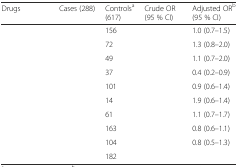
<table><thead><tr><td><b>Drugs</b></td><td><b>Cases (288)</b></td><td><b>Controls<sup>a</sup> (617)</b></td><td><b>Crude OR (95 % CI)</b></td><td><b>Adjusted OR<sup>b</sup> (95 % CI)</b></td></tr></thead><tbody><tr><td>[EMPTY_CELL]</td><td>[EMPTY_CELL]</td><td>156</td><td>[EMPTY_CELL]</td><td>1.0 (0.7–1.5)</td></tr><tr><td>[EMPTY_CELL]</td><td>[EMPTY_CELL]</td><td>72</td><td>[EMPTY_CELL]</td><td>1.3 (0.8–2.0)</td></tr><tr><td>[EMPTY_CELL]</td><td>[EMPTY_CELL]</td><td>49</td><td>[EMPTY_CELL]</td><td>1.1 (0.7–2.0)</td></tr><tr><td>[EMPTY_CELL]</td><td>[EMPTY_CELL]</td><td>37</td><td>[EMPTY_CELL]</td><td>0.4 (0.2–0.9)</td></tr><tr><td>[EMPTY_CELL]</td><td>[EMPTY_CELL]</td><td>101</td><td>[EMPTY_CELL]</td><td>0.9 (0.6–1.4)</td></tr><tr><td>[EMPTY_CELL]</td><td>[EMPTY_CELL]</td><td>14</td><td>[EMPTY_CELL]</td><td>1.9 (0.6–1.4)</td></tr><tr><td>[EMPTY_CELL]</td><td>[EMPTY_CELL]</td><td>61</td><td>[EMPTY_CELL]</td><td>1.1 (0.7–1.7)</td></tr><tr><td>[EMPTY_CELL]</td><td>[EMPTY_CELL]</td><td>163</td><td>[EMPTY_CELL]</td><td>0.8 (0.6–1.1)</td></tr><tr><td>[EMPTY_CELL]</td><td>[EMPTY_CELL]</td><td>104</td><td>[EMPTY_CELL]</td><td>0.8 (0.5–1.3)</td></tr><tr><td>[EMPTY_CELL]</td><td>[EMPTY_CELL]</td><td>182</td><td>[EMPTY_CELL]</td><td>[EMPTY_CELL]</td></tr></tbody></table>